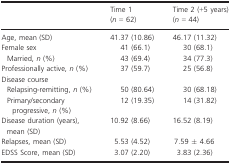
<table><thead><tr><td></td><td><b>Time 1 (<i>n</i> = 62)</b></td><td><b>Time 2 (+5 years) (<i>n</i> = 44)</b></td></tr></thead><tbody><tr><td>Age, mean (SD)</td><td>41.37 (10.86)</td><td>46.17 (11.32)</td></tr><tr><td>Female sex</td><td>41 (66.1)</td><td>30 (68.1)</td></tr><tr><td>Married, <i>n</i> (%)</td><td>43 (69.4)</td><td>34 (77.3)</td></tr><tr><td>Professionally active, <i>n</i> (%)</td><td>37 (59.7)</td><td>25 (56.8)</td></tr><tr><td colspan="3">Disease course</td></tr><tr><td>Relapsing-remitting, <i>n</i> (%)</td><td>50 (80.64)</td><td>30 (68.18)</td></tr><tr><td>Primary/secondary progressive, <i>n</i> (%)</td><td>12 (19.35)</td><td>14 (31.82)</td></tr><tr><td>Disease duration (years), mean (SD)</td><td>10.92 (8.66)</td><td>16.52 (8.19)</td></tr><tr><td>Relapses, mean (SD)</td><td>5.53 (4.52)</td><td>7.59 ± 4.66</td></tr><tr><td>EDSS Score, mean (SD)</td><td>3.07 (2.20)</td><td>3.83 (2.36)</td></tr></tbody></table>